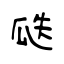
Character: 瓞